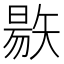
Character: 𥏬